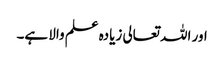
اور اللہ تعالی زیادہ علم والا ہے۔